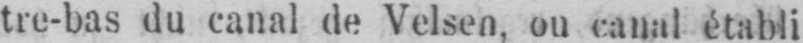
tre-bas du canal de Velsen, ou canal établi